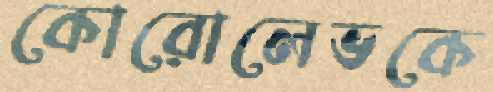
কোরোলেভকে